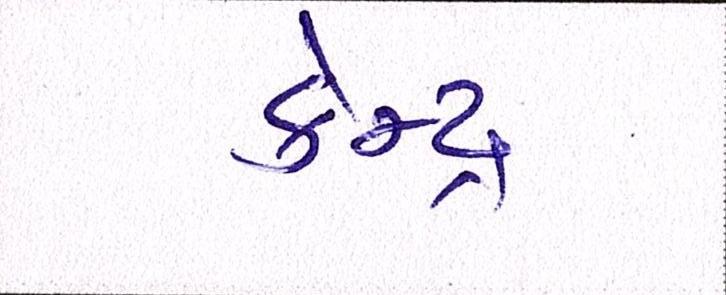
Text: કેન્દ્ર